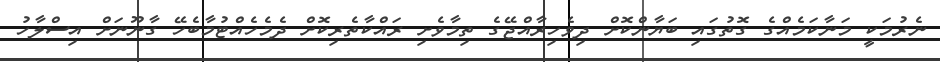
ނެރުމަކީ މަނާކަމެއްގެ ގޮތުގައި ބަޔާންކޮށް ދިވެހިރާއްޖޭގެ ތިމާވެށި ރައްކާތެރިކޮށް ދެމެހެއްޓުމާބެހޭ ގާނޫނަށް އިސްލާހު